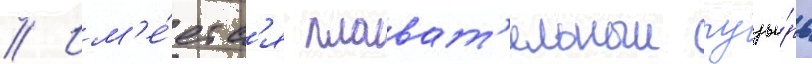
// Им'е́етс'я плават'ельныи пузы́рь